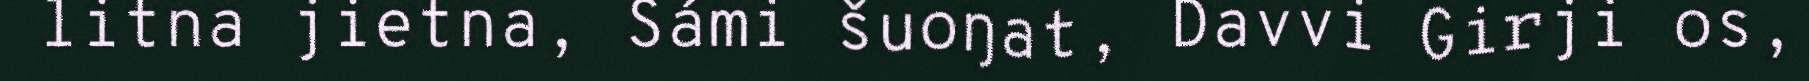
litna jietna, Sámi šuoŋat, Davvi Girji os,